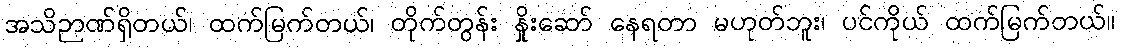
အသိဉာဏ်ရှိတယ်၊ ထက်မြက်တယ်၊ တိုက်တွန်း နှိုးဆော် နေရတာ မဟုတ်ဘူး၊ ပင်ကိုယ် ထက်မြက်တယ်။